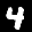
Label: 4